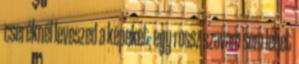
cseréknél leveszed a képeket, egy rossz szavam sem lehet